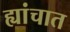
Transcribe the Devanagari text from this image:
ह्यांचात